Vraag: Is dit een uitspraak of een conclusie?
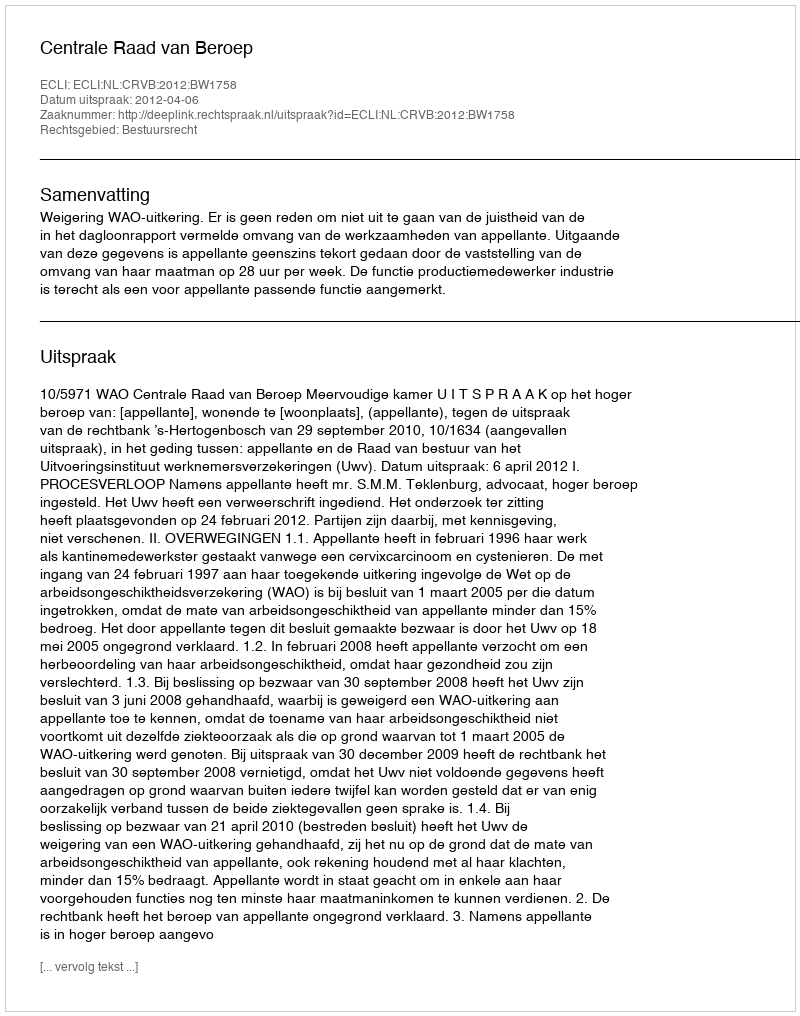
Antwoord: Uitspraak